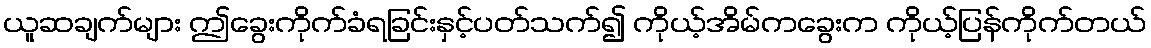
ယူဆချက်များ ဤခွေးကိုက်ခံရခြင်းနှင့်ပတ်သက်၍ ကိုယ့်အိမ်ကခွေးက ကိုယ့်ပြန်ကိုက်တယ်